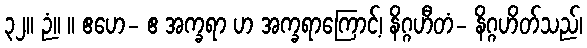
၃၂။ ဉံ။ ။ ဧဟေ- ဧ အက္ခရာ ဟ အက္ခရာကြောင့်၊ နိဂ္ဂဟီတံ- နိဂ္ဂဟိတ်သည်၊